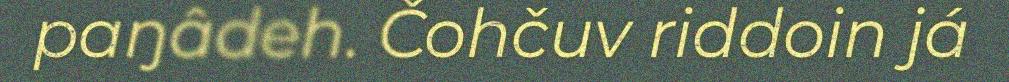
paŋâdeh. Čohčuv riddoin já